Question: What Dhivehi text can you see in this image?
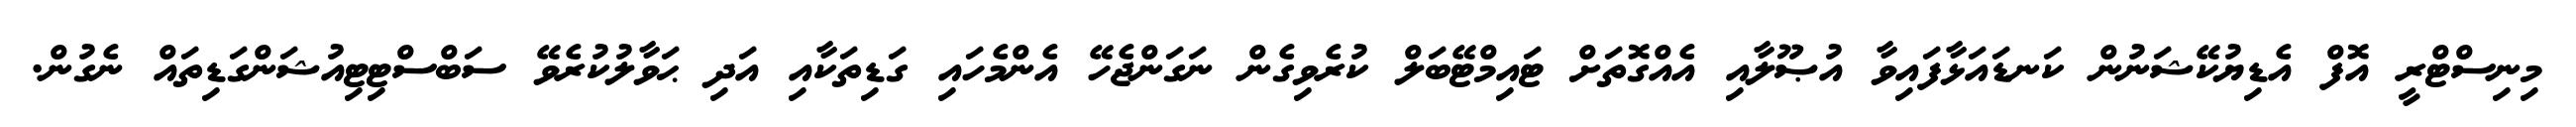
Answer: މިނިސްޓްރީ އޮފް އެޑިޔުކޭޝަނުން ކަނޑައަޅާފައިވާ އުޞޫލާއި އެއްގޮތަށް ޓައިމްޓޭބަލް ކުރެވިގެން ނަގަންޖެހޭ އެންމެހައި ގަޑިތަކާއި އަދި ޙަވާލުކުރެވޭ ސަބްސްޓިޓިއުޝަންގަޑިތައް ނެގުން.